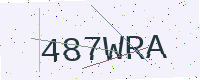
Text: 487WRA